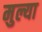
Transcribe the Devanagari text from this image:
मुल्या